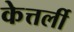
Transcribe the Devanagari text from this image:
केत्तर्ली